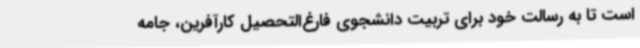
است تا به رسالت خود برای تربیت دانشجوی فارغ‌التحصیل کارآفرین، جامه